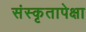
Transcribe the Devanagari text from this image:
संस्कृतापेक्षा